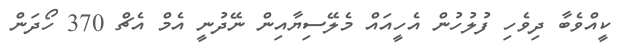
ކީއްވެބާ ދިވެހި ފުލުހުން އެހީއައް މެލޭސިޔާއިން ނޭދުނީ އެމް އެޗް 370 ހޯދަން